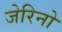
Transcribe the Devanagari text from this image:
जेरिनो